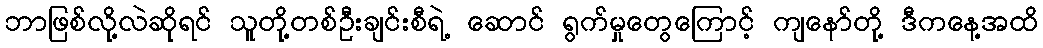
ဘာဖြစ်လို့လဲဆိုရင် သူတို့တစ်ဦးချင်းစီရဲ့ ဆောင် ရွက်မှုတွေကြောင့် ကျနော်တို့ ဒီကနေ့အထိ